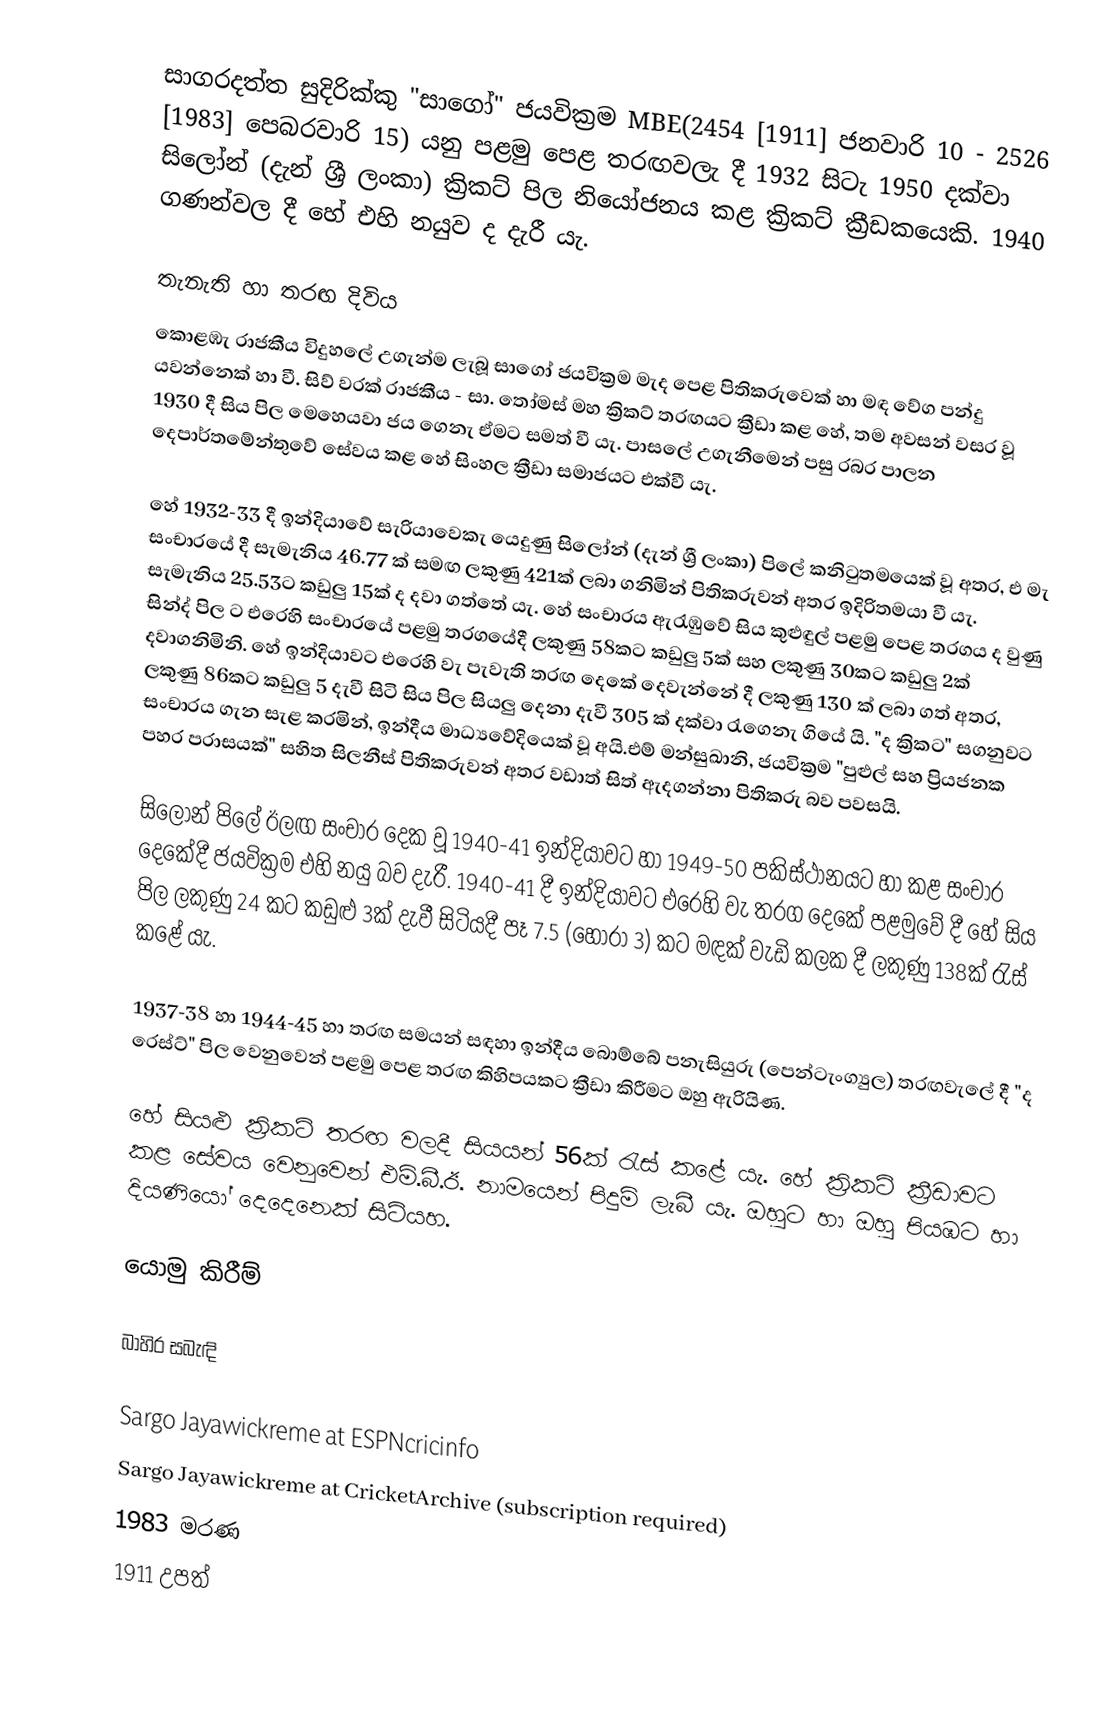
සාගරදත්ත සුදිරික්කු "සාගෝ" ජයවික්‍රම MBE(2454 [1911] ජනවාරි 10 - 2526 [1983] පෙබරවාරි 15) යනු පළමු පෙළ තරඟවලැ දී 1932 සිටැ 1950 දක්වා සිලෝන් (දැන් ශ්‍රී ලංකා) ක්‍රිකට් පිල නියෝජනය කළ ක්‍රිකට් ක්‍රීඩකයෙකි. 1940 ගණන්වල දී හේ එහි නයුව ද දැරී යැ.

තැනැති හා තරඟ දිවිය
කොළඹැ රාජකීය විදුහලේ උගැන්ම ලැබූ සාගෝ ජයවික්‍රම මැද පෙළ පිතිකරුවෙක් හා මඳ වේග පන්දු යවන්නෙක් හා වී. සිව් වරක් රාජකීය - සා. තෝමස් මහ ක්‍රිකට් තරඟයට ක්‍රීඩා කළ හේ, තම අවසන් වසර වූ 1930 දී සිය පිල මෙහෙයවා ජය ගෙනැ ඒමට සමත් වී යැ. පාසලේ උගැනීමෙන් පසු රබර පාලන දෙපාර්තමේන්තුවේ සේවය කළ හේ සිංහල ක්‍රීඩා සමාජයට එක්වී යැ.

හේ 1932-33 දී ඉන්දියාවේ සැරියාවෙකැ යෙදුණු සිලෝන් (දැන් ශ්‍රී ලංකා) පිලේ කනිටුතමයෙක් වූ අතර, එ මැ සංචාරයේ දී සැමැනිය 46.77 ක් සමඟ ලකුණු 421ක් ලබා ගනිමින් පිතිකරුවන් අතර ඉදිරිතමයා වී යැ. සැමැනිය 25.53ට කඩුලු 15ක් ද දවා ගත්තේ යැ. හේ සංචාරය ඇරැඹුවේ සිය කුළුඳුල් පළමු පෙළ තරගය ද වුණු  සින්ද් පිල ට එරෙහි සංචාරයේ පළමු තරගයේදී ලකුණු 58කට කඩුලු 5ක් සහ ලකුණු 30කට කඩුලු 2ක් දවාගනිමිනි. හේ ඉන්දියාවට එරෙහි වැ පැවැති තරඟ දෙකේ දෙවැන්නේ දී ලකුණු 130 ක් ලබා ගත් අතර, ලකුණු 86කට කඩුලු 5 දැවී සිටි සිය පිල සියලු දෙනා දැවී 305 ක් දක්වා රැගෙනැ ගියේ යි.  "ද ක්‍රිකට"  සගනුවට සංචාරය ගැන සැළ  කරමින්, ඉන්දීය මාධ්‍යවේදියෙක් වූ අයි.එම්  මන්සුඛානි, ජයවික්‍රම "පුළුල් සහ ප්‍රියජනක පහර පරාසයක්" සහිත සිලනීස් පිතිකරුවන් අතර වඩාත් සිත් ඇදගන්නා පිතිකරු බව පවසයි.

සිලෝන් පිලේ ඊලඟ සංචාර දෙක වූ 1940-41 ඉන්දියාවට හා 1949-50 පකිස්ථානයට හා කළ සංචාර දෙකේදී ජයවික්‍රම එහි නයු බව දැරී. 1940-41 දී ඉන්දියාවට එරෙහි වැ තරග දෙකේ පළමුවේ දී හේ සිය පිල ලකුණු 24 කට කඩුළු 3ක් දැවී සිටියදී පෑ 7.5 (හෝරා 3) කට මඳක් වැඩි කලක දී ලකුණු 138ක් රැස් කළේ යැ.

1937-38 හා 1944-45 හා තරඟ සමයන් සඳහා ඉන්දීය බොම්බේ පනැසියුරු (පෙන්ටැංග්‍යුල) තරඟවැලේ දී "ද රෙස්ට්" පිල වෙනුවෙන් පළමු පෙළ තරඟ කිහිපයකට ක්‍රීඩා කිරීමට ඔහු ඇරියිණ.

හේ සියළු ක්‍රිකට් තරඟ වලදී සියයන් 56ක් රැස් කළේ යැ.  හේ ක්‍රිකට් ක්‍රීඩාවට කළ සේවය වෙනුවෙන් එම්.බී.ඊ. නාමයෙන් පිදුම් ලැබී යැ. ඔහුට හා ඔහු පියඹට හා දියණියෝ දෙදෙනෙක් සිටියහ.

යොමු කිරීම්

බාහිර සබැඳි

 Sargo Jayawickreme at ESPNcricinfo
 Sargo Jayawickreme at CricketArchive (subscription required)
1983 මරණ
1911 උපත්